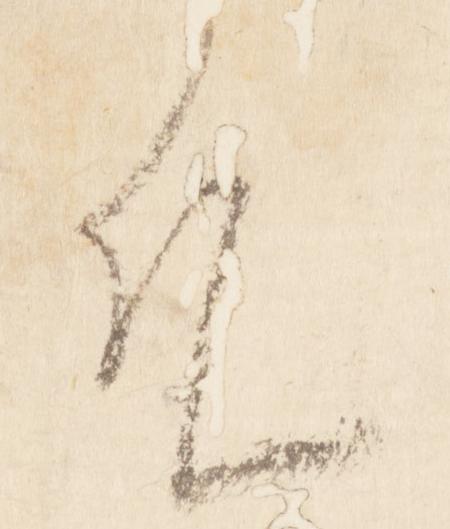
凡